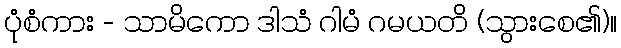
ပုံစံကား - သာမိကော ဒါသံ ဂါမံ ဂမယတိ (သွားစေ၏)။